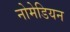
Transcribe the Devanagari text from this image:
नोमेडियन